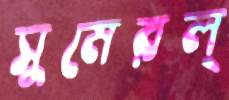
সুমেরল্